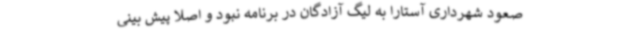
صعود شهرداری آستارا به لیگ آزادگان در برنامه نبود و اصلا پیش بینی